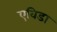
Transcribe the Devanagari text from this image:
एविडा